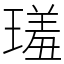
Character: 𤨩